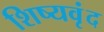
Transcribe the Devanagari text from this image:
शिष्यवृंद